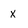
Character: x